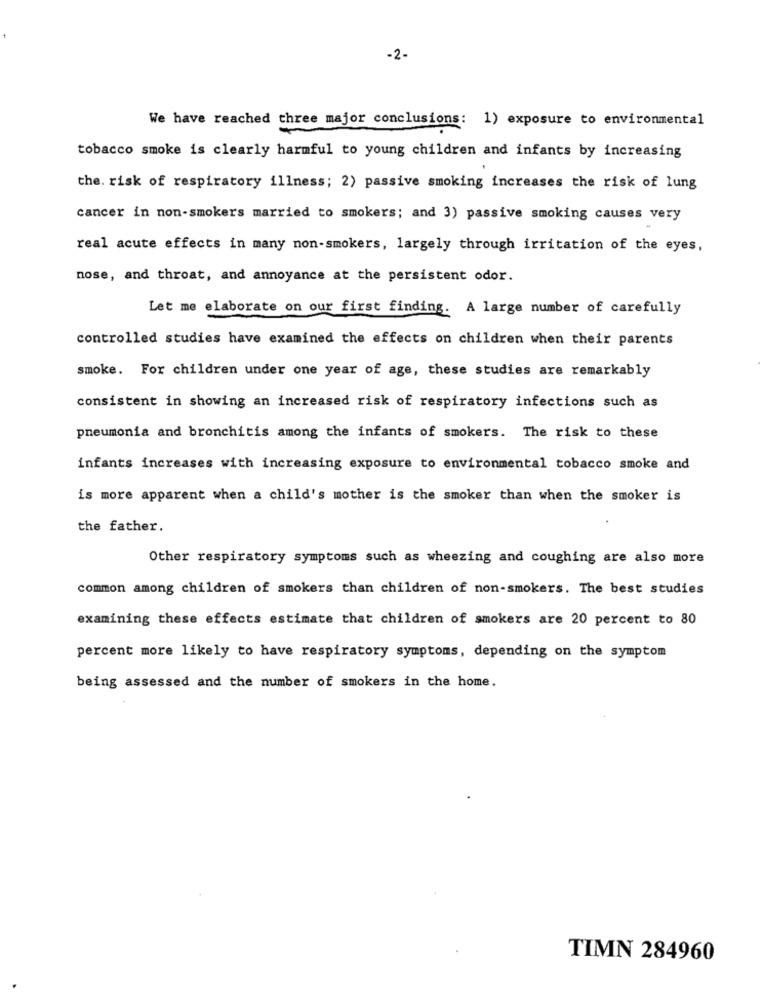
-2-
We have reached three major conclusions: 1) exposure to environmental
tobacco smoke is clearly harmful to young children and infants by increasing
the. risk of respiratory illness; 2) passive smoking increases the risk of lung
cancer in non-smokers married to smokers; and 3) passive smoking causes very
real acute effects in many non-smokers, largely through irritation of the eyes,
nose, and throat, and annoyance at the persistent odor.
Let me elaborate on our first finding. A large number of carefully
controlled studies have examined the effects on children when their parents
smoke. For children under one year of age, these studies are remarkably
consistent in showing an increased risk of respiratory infections such as
pneumonia and bronchitis among the infants of smokers. The risk to these
infants increases with increasing exposure to environmental tobacco smoke and
is more apparent when a child's mother is the smoker than when the smoker is
the father.
Other respiratory symptoms such as wheezing and coughing are also more
common among children of smokers than children of non-smokers. The best studies
examining these effects estimate that children of smokers are 20 percent to 80
percent more likely to have respiratory symptoms, depending on the symptom
being assessed and the number of smokers in the home.
TIMN 284960